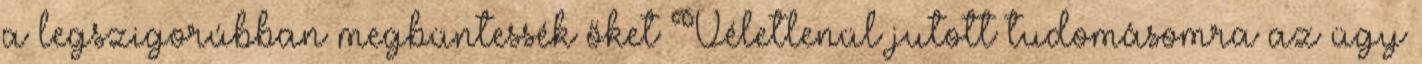
a legszigorúbban megbüntessék őket Véletlenül jutott tudomásomra az ügy